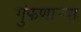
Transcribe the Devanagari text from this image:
गुंफणार्‍या